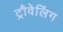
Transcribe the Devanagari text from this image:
ट्रौवेलिंग